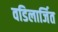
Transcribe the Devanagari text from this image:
वडिलार्जित